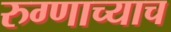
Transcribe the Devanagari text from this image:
रुग्णाच्याच